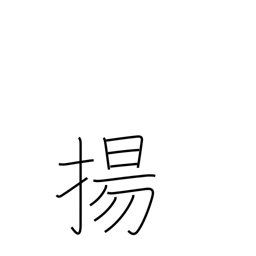
Meaning: fry in deep fat